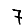
Digit: 7